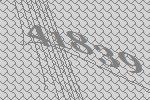
41839